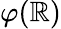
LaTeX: \varphi(\mathbb{R})